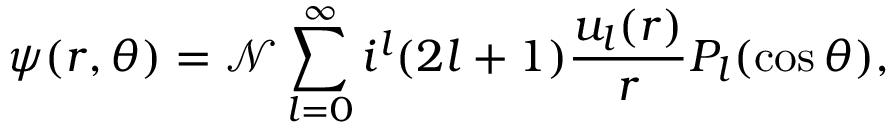
\psi ( r , \theta ) = \mathcal { N } \sum _ { l = 0 } ^ { \infty } i ^ { l } ( 2 l + 1 ) \frac { u _ { l } ( r ) } { r } P _ { l } ( \cos \theta ) ,